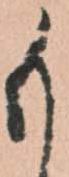
も